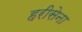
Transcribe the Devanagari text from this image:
हरीसेना